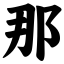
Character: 那